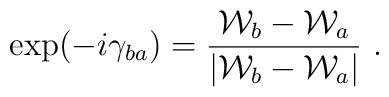
\exp(-i\gamma_{ba})= {{\cal W}_{b}-{\cal W}_a\over |{\cal W}_{b}-{\cal W}_a|}~.